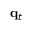
\mathbf { q } _ { t }